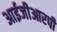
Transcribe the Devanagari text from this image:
आईजीआरपी